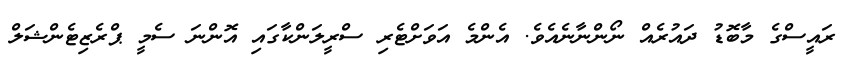
ރައީސްގެ މާބޮޑު ދައުރެއް ނޯންނާނެއެވެ. އެންމެ އަވަށްޓެރި ސްރީލަންކާގައި އޮންނަ ސެމީ ޕްރެޒިޓެންޝަލް